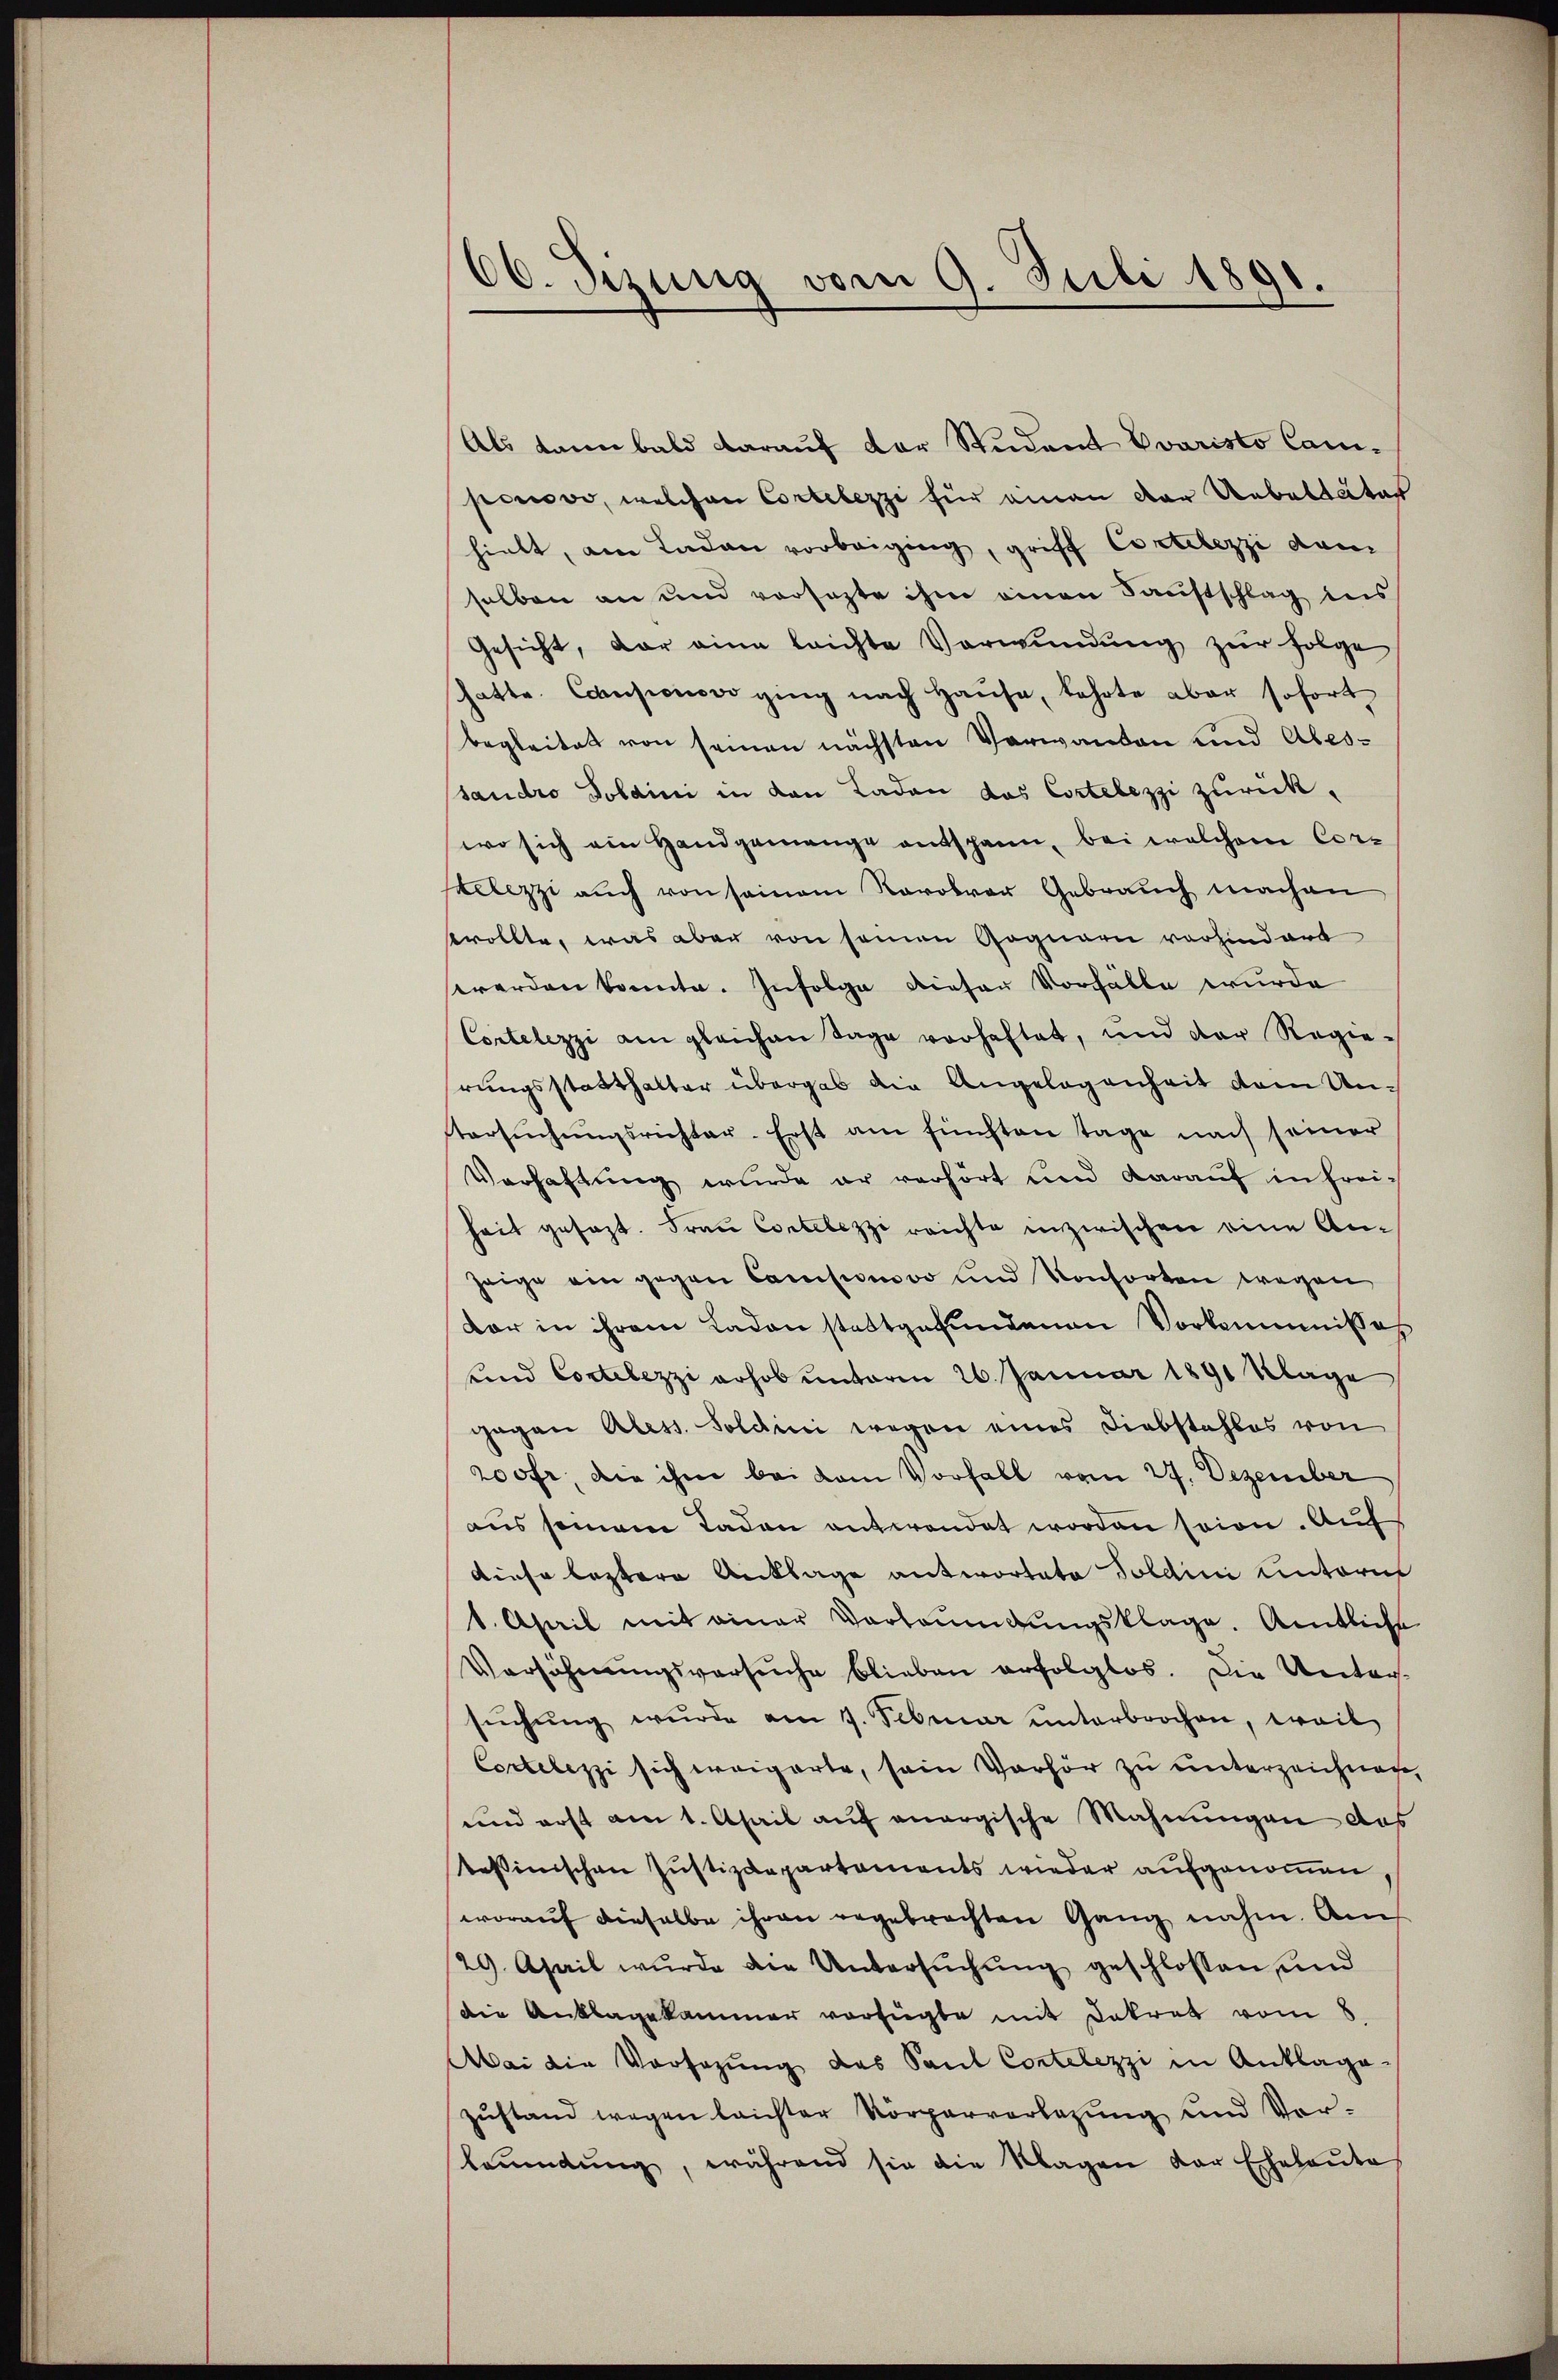
60. Sizung vom 9. Juli 1891.

Als kann bald darauf der Student Evaristo Canponovo, welchen Cortelezzi für eman der Uebeltater
hielt, am Laden vorbeiging, griff Cotelezzi dem
selben an und vorsezte ihm einen Saustschlag ins
Gesicht, der eine leichte Verwŭndŭng zur Folge
hatte. Censionsvo ging nach Hause, kehrte aber sofort
begleitet von seinen nächsten Verwanden und Abessaudro Polaini in den Laden das Cortelezzi zurückwo sich ein Handgemenge entspann, bei welchem Corxelezzi auch von seinem Revolver Gebrauch machen
wollte, was aber von seinen Gognare vorhindert
werden konnte. Infolge diesen Vorfälle wurde
Cortelezzi am gleichen Tage vorheftet, und der Regie-
rungsstatthalter übergab die Angelegenheit dem Unstersŭchŭngsrichter. Erst am fünften tage nach seiner
Verhaftung wurde er verhört und daraŭf in Freiheit gesagt. Frau Contelezzi reichte inzwischen eine Anzeige ein gegen Camision vo und Konsorten wegen
dar in ihrem Laden stattgefundenen Vorkommisses
unnd Cortelezzi erhob unterm 26. Januar 1891 Klage
gegen Aless. Soldini wegen eines Diebstahles von
200fr. die ihm bei dem Vorfall vom 27. Dezember
aus seinem Taden entwendet worden sein. Auf
diese leztere Anklage antwortete Soldini unterm
1. April mit einer Verbaumbungsklage. Amtliche
Versöhnungsversuche blieben erfolglos. Die Reitag-
suchung wurde am 7. Februar unterbrochen, weil
Cortelezzi sich weigerte, sein Verhör zu unterzeichnen,
und erst am 1. April auf anergische Mahnungen das
tessinischen Justizdepartements wieder aufgenoṁen,
worauf dieselbe ihren angebrachten Gang nahm. Am
29. April wurde die Untersuchung geschlossen und
Die Anklagekammer verfügte mit Dekret vom 8.
Mai die Vorsazung das Paul Contelezzi in Anklage-
zŭstand wegen leichter Körperverlegung und Vorkaŭmŭng, während sie die Klagen der Eheleute